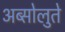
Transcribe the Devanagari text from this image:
अब्सोलुते